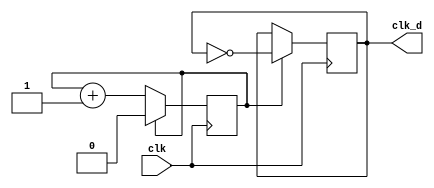
`timescale 1ns / 1ps
module clk_div(clk,clk_d);
    parameter div_value=1;
    input clk;
    output clk_d;
    reg clk_d;
    reg count;
   
    initial
    begin
    clk_d=0;
    count=0;
    end
    always @(posedge clk)
        begin
            if (count==div_value)
                count <= 0;
            else
                count <= count+1 ;
        end
    always @(posedge clk)
        begin
            if (count==div_value)
                clk_d <= ~clk_d;
        end                        
   
endmodule
module h_counter(clk,count,trig_v); //mod 900
    input clk;
    output [9:0] count;
    output trig_v;
    reg [9:0] count;
    reg trig_v;
    initial count=0;
    initial trig_v=0;
always @ (posedge clk)
    begin
       if (count < 799)
         begin
         trig_v=0;
           count <= count + 1;
         end
       else
         begin
           trig_v<=1;
           count<=0;
         end
end                              
endmodule


module v_counter(clk,enable_v,v_count); //mod 525
    input clk;
    input enable_v;
    output [9:0] v_count;
    reg [9:0] v_count;
    initial v_count=0;
always @ (posedge clk)
    begin
    if (enable_v==1)
        begin
       if (v_count < 524)
         begin
           v_count <= v_count + 1;
         end
        else
            begin
                v_count <= 0;
            end
        end        
end                              
endmodule

module vga_sync(input [9:0]h_count, input [9:0]v_count, output h_sync, output v_sync, output video_on, output [9:0]x_loc, output [9:0]y_loc);
    //horizontal
    localparam HD = 640;
    localparam HF = 16; //RB
    localparam HB = 49; //LB
    localparam HR = 96;
   
    //vertical
    localparam VD = 490;
    localparam VF = 10; //TB
    localparam VB = 33; //BB
    localparam VR = 2;

    assign v_sync = (v_count < (VD + VF)) || (v_count >= (VD + VF + VR));
    assign h_sync = (h_count < (HD + HF)) || (h_count >= (HD + HF + HR));
    assign video_on = (h_count < HD) & (v_count < VD); //when should we display
    
		//increment x and y

    assign y_loc = v_count; 
    assign x_loc = h_count;
endmodule

module gen_sync(input clk, output h_sync, output v_sync, output video_on, output [9:0]x_loc, output [9:0]y_loc);
		wire [9:0]h_count;
		wire v_trig;
		wire [9:0]v_count;
    clk_div clkdiv(clk,clk_d);//create compatible clock, after taking clock input from basys3 board
   //iterate over the screen
    h_counter hcounter(clk_d,h_count,v_trig);
    v_counter vcounter(clk_d,v_trig,v_count);        
    vga_sync vga_syncing(h_count, v_count, h_sync, v_sync, video_on, x_loc, y_loc); //look at when to display screen
endmodule